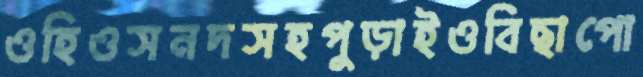
ওহিওসনদসহপুড়াইওবিছাপো